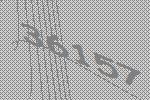
36157